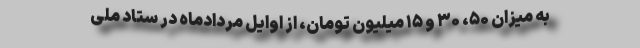
به میزان ۵۰، ۳۰ و ۱۵ میلیون تومان، از اوایل مردادماه در ستاد ملی